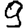
Digit: 9